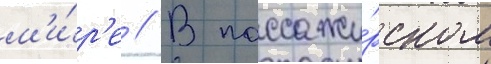
м'и́р'е // В пассажи́рском